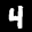
Label: 4